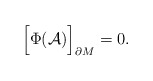
\begin{align*}\Bigr[\Phi({\cal A})\Bigr]_{\partial M}=0 .\end{align*}